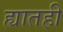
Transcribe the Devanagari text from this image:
ह्यातही